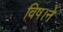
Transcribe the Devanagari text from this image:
विष।ने